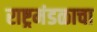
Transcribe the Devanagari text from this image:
राष्ट्रमंडळाचा